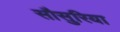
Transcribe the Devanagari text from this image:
सौसुरिया